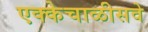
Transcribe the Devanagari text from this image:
एक्केचाळीसवे